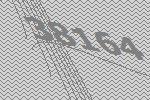
38164